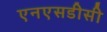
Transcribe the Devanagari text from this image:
एनएसडीसी